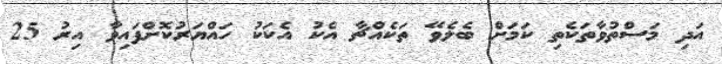
އަދި މަސްތުވާތަކެތި ކަމަށް ބެލެވޭ ތަކެއްޗާ އެކު އެކަކު ހައްޔަރުކޮށްފައިވާ އިރު 25